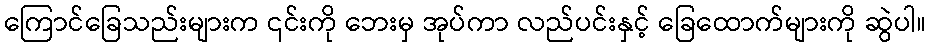
ကြောင်ခြေသည်းများက ၎င်းကို ဘေးမှ အုပ်ကာ လည်ပင်းနှင့် ခြေထောက်များကို ဆွဲပါ။